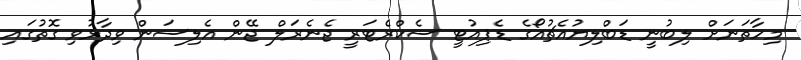
މިހާތަނަށް ލިބުނީ ޑަބްލިޔުއެޗުއޯގެ ޑެޕިއުޓީ ސެކްރެޓަރީ ޖެނެރަލް ޖޭން އެލިސަން ވިދާޅުވި ގޮތުގައި